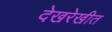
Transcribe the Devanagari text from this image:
देखरेखीत